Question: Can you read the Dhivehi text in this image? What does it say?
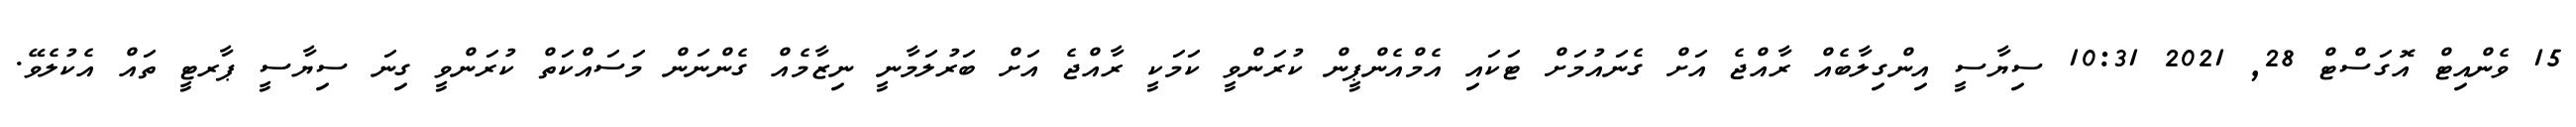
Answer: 15 ވެންއިޓް އޮގަސްޓް 28, 2021 10:31 ސިޔާސީ އިންގިލާބެއް ރާއްޖެ އަށް ގެނައުމަށް ޓަކައި އެމްއެންޕީން ކުރަންވީ ކަމަކީ ރާއްޖެ އަށް ބަރުލަމާނީ ނިޒާމެއް ގެންނަން މަސައްކަތް ކުރަންވީ ގިނަ ސިޔާސީ ޕާރޓީ ތައް އެކުލެވޭ.